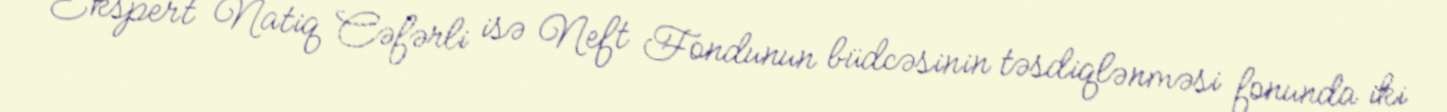
Ekspert Natiq Cəfərli isə Neft Fondunun büdcəsinin təsdiqlənməsi fonunda iki